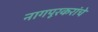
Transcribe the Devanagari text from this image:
नागपूरकरांचे